King Institute of Preventive Medicine Bacteriolog. Section reports 1907-08
Year: 1907
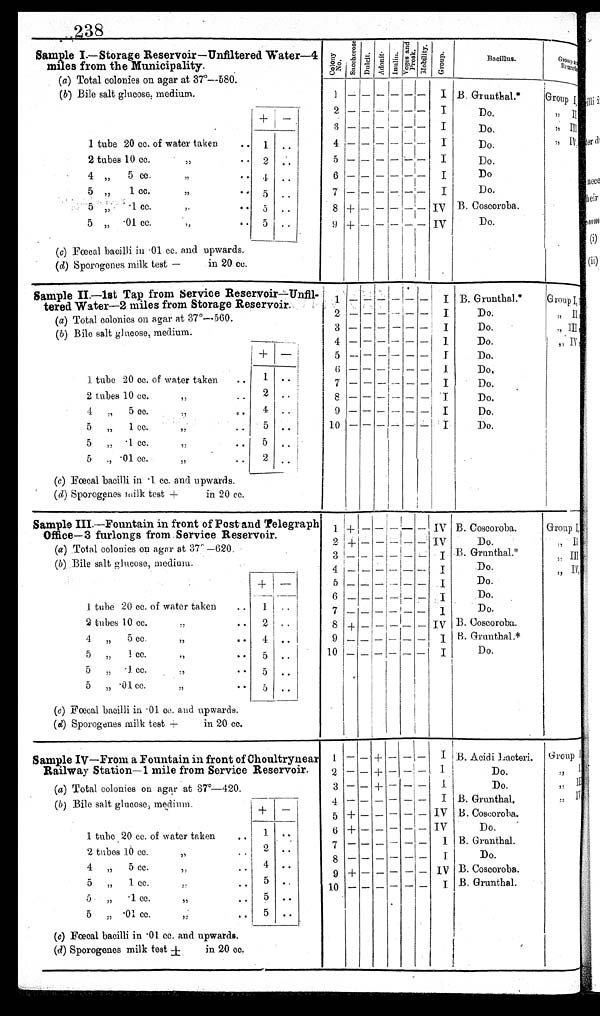
2 3 8
Sample I.—Storage Reservoir—Unfiltered Water—4
miles from the Municipality.
(a) Total colonies on agar at 37°—580о .
c o l o n y N o . s a c c h e r o s e o s e D u l c i t . A d o n i t . I n u l i n .
V o g e s a n d P r o s k .
N o b i l i t y
G r o u p
Bacillus
G r o u p R e s e r v o i r
1 1 ——
— —
I
(b) Bile salt glucose ; medium.
2 — —
— —
I B. Gruntlial. *
Group
I i l l i
3 — —
— —
1
Do.
, , I I
4
——
—
—
I
Do.
,, I I I
1 tube 20 cc. of water taken
2 tubes 10 cc.
,,
· ·
1
2
..
.
..
5
+ —
—
—
_
I
I
D o .
Do.
, , I V
4 ,,
cc.
,,
5„
1 cc.
,,
5 „
·1 cc..
· ·
2 ..
6
+ —
—
—
I
I
IV
Do
Do.
B. Coscoroba.
neè
heir
5
·01 cc.
5
4 . .
7— —
— —
IV
Do.
(c) Fœcal bacilli in ·01 cc. and upwards.
(d) Sporogenes milk test —
in 20 cc.
5 5 5
8
9
— —
— —
—
—
—
—
B . G r u n t l i a l
D o .
Sample II.—1st Tap from Service Reservoir— Unfil-
tered Water—2 miles from Storage Reservoir.
1
2
— — —
I B. Gruntlial.*
Group I
(a) Total colonies on agar at 37°—560.
(b) Bile salt glucose, medium.
3
4 — —
—
— — —
—
—
I
1
1
Do.
Do.
Do.
,, II
,,III
I V
5
5
— — — —
I
Do.
1. tube 20 cc. of water taken
..
1
· ·
6 7 —
—
—
I
I
Do,
Do.
2 tubes 10 cc.
· · 2
· ·
8 — — — -- — — I
Do.
4 „ 5 cc.
7
:
e ·
4
·
·
9 — — — -- — — I
Do.
5 „ 1 cc.95
..
5
· ·
10 — — — —
Do.
5 „ ·1 cc.
,,
..
5
· ·
5 „ ·01 co.,,
· ·
(c) Fœcal bacilli in ·1 cc. and upwards.
(d)Sporogenes milk test - in 20 cc.
2
· ·
-- ,
Sample III.
— F
ountain in front of Postand Telegraph
Office-3 furlongs from . Service Reservoir.
(a) Total colonies on agar at 37°—620.
(b) Bile salt glucose, medium.
1
2.
3
4
+
+—
—
—
—
.
— —
_ _
_
—
_
__
IV
IV
1
I
B. Coscoroba.
Do.
.B. Grunthal.*
Do.
Group I,
II
;;III
I'
,, ·
i
+—
5
—
— ..__
I
Do.
1 tube 20 cc. of water taken
..
----
1
---
..
6
7
—
—
—
—
-- _
—
_
I
,
I
Do.
D o.
2 tubes 10 cc.
· . 2 ..
8 + _
_
_
I
B. Coscoroba.
4 „ 5 cc.
,,
· · 4 ..
9 — —
I B. G..runthal.*
5 „ 1 cc.
,,
· · 5 ..
10 — — — I
Do.
5
·1 cc.
,,
· · 5 ..
5·01 cc.
,,
(c) Fœcal bacilli in ·01 co. and upwards.
(d) Sporogenes milk test +
in 20 cc.
Sample IV—From a Fountain in front of Choultrynear 1 — — + --
1 B. Acidi Bacteri Group I
Railway Station-1 mile from Service Reservoir.
2 — — -I-- —
— I
Do.
1
(a) Total colonies on agar at 37°-420.
(b) Bile salt glucose, medium
—
3
4
5
—
--
+
—
-
—
+
—
—
—
— 1
I
IV
D.
B. Grunthal·
B. Coseoroba.
,
1l .
1_
w
tube 20 cc. ofwater taken
1
6
7
+
—
—
—
—
_
—
—
—
—
IV
1
Do.
B. Gruntlaal.
2 tubes 10 cc.
,,
.· 2
··
Do.
4 „ 5 cc.
,,
.. 4 ..
9 + — —
I V B. Coscoroba.
5 „ 1 cc. ,,
.. 5
· .
10 — — — — I B. Grunthal.
5
„
··_ cc.
. ,
5 „
· 0 1 c c .
, ,
· ·
(c) Fœcal bacilli in··01 cc, and upwards.
5
5
..
. .
(4) Sporogenes milk test ±
in 20 cc.